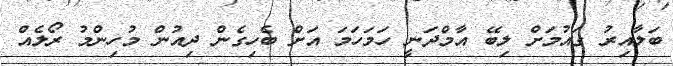
ބަލާއިރު ގައުމަށް ލިބޭ އާމްދަނީ ހަމަހަމަ އަށް ބެހިގެން ދިއުން މުހިންމު ރޯލެއް